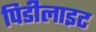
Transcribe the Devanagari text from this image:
पिडीलाइट